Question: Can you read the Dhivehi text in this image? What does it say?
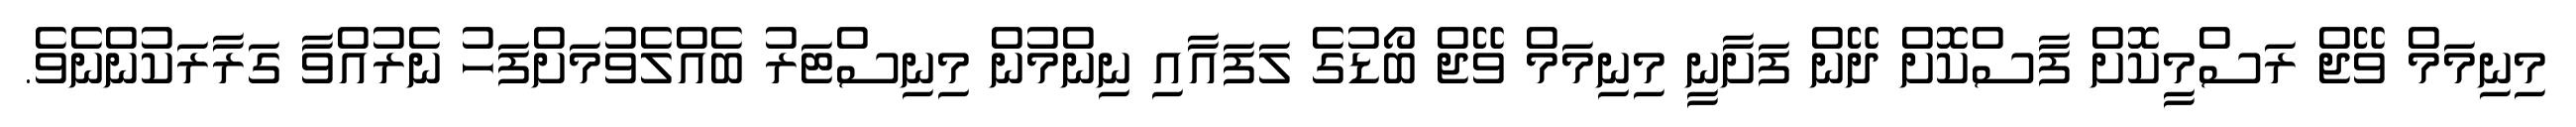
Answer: މިނިމަމް ވޭޖް ރަސްމީކޮށް ފާސްކޮށް ދޭން ފަށާނީ މިނިމަމް ވޭޖް ބޯޑުގެ ލަފައާއި ނިންމުން މިނިސްޓަރު ބެއްލެވުމަށްފަހު ނެރުއްވާ ގަރާރަކުންނެވެ.